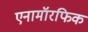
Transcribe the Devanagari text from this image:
एनामॉरफिक